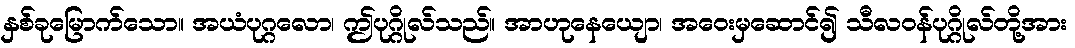
နှစ်ခုမြောက်သော။ အယံပုဂ္ဂလော၊ ဤပုဂ္ဂိုလ်သည်။ အာဟုနေယျော၊ အဝေးမှဆောင်၍ သီလဝန်ပုဂ္ဂိုလ်တို့အား